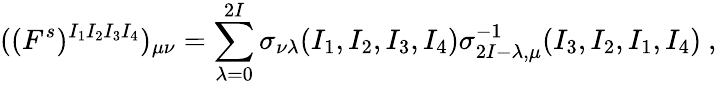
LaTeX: ((F^{s})^{I_{1}I_{2}I_{3}I_{4}})_{\mu\nu}=\sum_{\lambda=0}^{2I}\sigma_{\nu\lambda}(I_{1},I_{2},I_{3},I_{4})\sigma_{2I-\lambda,\mu}^{-1}(I_{3},I_{2},I_{1},I_{4})\ ,